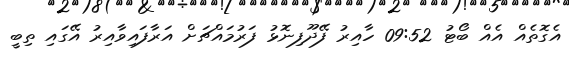
އެގޮތެއް އެއް ބޯޓު 09:52 ހާއިރު ފޭދޫފިނޮޅު ފަރުމައްޗަށް އަރާފައިވާއިރު އޭގައި ތިބީ